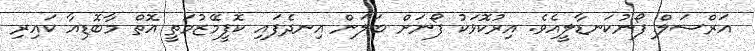
އަރްސަލް ފޯނުކަނޑާލީއެވެ. އިރުކޮޅަކު ފޯނަށް ބަލަން އިނދެފައި ކޮފީމޭޒުމަތީ އޮތް މާބޮޑިއާ ކައިރި